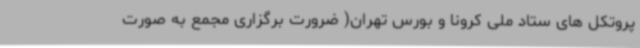
پروتکل های ستاد ملی کرونا و بورس تهران( ضرورت برگزاری مجمع به صورت